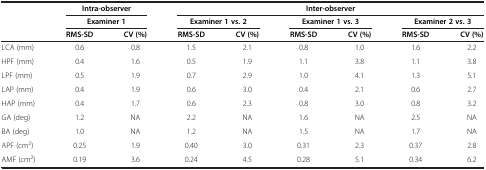
<table><thead><tr><td rowspan="3"><b> </b></td><td colspan="2"><b>Intra-observer</b></td><td colspan="6"><b>Inter-observer</b></td></tr><tr><td colspan="2"><b>Examiner 1</b></td><td colspan="2"><b>Examiner 1 vs. 2</b></td><td colspan="2"><b>Examiner 1 vs. 3</b></td><td colspan="2"><b>Examiner 2 vs. 3</b></td></tr><tr><td><b>RMS-SD</b></td><td><b>CV (%)</b></td><td><b>RMS-SD</b></td><td><b>CV (%)</b></td><td><b>RMS-SD</b></td><td><b>CV (%)</b></td><td><b>RMS-SD</b></td><td><b>CV (%)</b></td></tr></thead><tbody><tr><td>LCA (mm)</td><td>0.6</td><td>0.8</td><td>1.5</td><td>2.1</td><td>0.8</td><td>1.0</td><td>1.6</td><td>2.2</td></tr><tr><td>HPF (mm)</td><td>0.4</td><td>1.6</td><td>0.5</td><td>1.9</td><td>1.1</td><td>3.8</td><td>1.1</td><td>3.8</td></tr><tr><td>LPF (mm)</td><td>0.5</td><td>1.9</td><td>0.7</td><td>2.9</td><td>1.0</td><td>4.1</td><td>1.3</td><td>5.1</td></tr><tr><td>LAP (mm)</td><td>0.4</td><td>1.9</td><td>0.6</td><td>3.0</td><td>0.4</td><td>2.1</td><td>0.6</td><td>2.7</td></tr><tr><td>HAP (mm)</td><td>0.4</td><td>1.7</td><td>0.6</td><td>2.3</td><td>0.8</td><td>3.0</td><td>0.8</td><td>3.2</td></tr><tr><td>GA (deg)</td><td>1.2</td><td>NA</td><td>2.2</td><td>NA</td><td>1.6</td><td>NA</td><td>2.5</td><td>NA</td></tr><tr><td>BA (deg)</td><td>1.0</td><td>NA</td><td>1.2</td><td>NA</td><td>1.5</td><td>NA</td><td>1.7</td><td>NA</td></tr><tr><td>APF (cm<sup>2</sup>)</td><td>0.25</td><td>1.9</td><td>0.40</td><td>3.0</td><td>0.31</td><td>2.3</td><td>0.37</td><td>2.8</td></tr><tr><td>AMF (cm<sup>2</sup>)</td><td>0.19</td><td>3.6</td><td>0.24</td><td>4.5</td><td>0.28</td><td>5.1</td><td>0.34</td><td>6.2</td></tr></tbody></table>